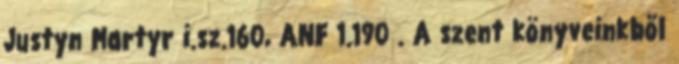
Justyn Martyr i.sz.160, ANF 1.190 . A szent könyveinkből